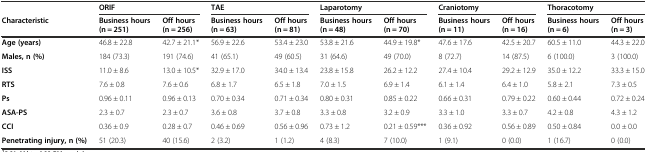
<table><thead><tr><td></td><td colspan="2"><b>ORIF</b></td><td colspan="2"><b>TAE</b></td><td colspan="2"><b>Laparotomy</b></td><td colspan="2"><b>Craniotomy</b></td><td colspan="2"><b>Thoracotomy</b></td></tr><tr><td><b>Characteristic</b></td><td><b>Business hours (n = 251)</b></td><td><b>Off hours (n = 256)</b></td><td><b>Business hours (n = 63)</b></td><td><b>Off hours (n = 81)</b></td><td><b>Business hours (n = 48)</b></td><td><b>Off hours (n = 70)</b></td><td><b>Business hours (n = 11)</b></td><td><b>Off hours (n = 16)</b></td><td><b>Business hours (n = 6)</b></td><td><b>Off hours (n = 3)</b></td></tr></thead><tbody><tr><td><b>Age (years)</b></td><td>46.8 ± 22.8</td><td>42.7 ± 21.1*</td><td>56.9 ± 22.6</td><td>53.4 ± 23.0</td><td>53.8 ± 21.6</td><td>44.9 ± 19.8*</td><td>47.6 ± 17.6</td><td>42.5 ± 20.7</td><td>60.5 ± 11.0</td><td>44.3 ± 22.0</td></tr><tr><td><b>Males, n (%)</b></td><td>184 (73.3)</td><td>191 (74.6)</td><td>41 (65.1)</td><td>49 (60.5)</td><td>31 (64.6)</td><td>49 (70.0)</td><td>8 (72.7)</td><td>14 (87.5)</td><td>6 (100.0)</td><td>3 (100.0)</td></tr><tr><td><b>ISS</b></td><td>11.0 ± 8.6</td><td>13.0 ± 10.5*</td><td>32.9 ± 17.0</td><td>34.0 ± 13.4</td><td>23.8 ± 15.8</td><td>26.2 ± 12.2</td><td>27.4 ± 10.4</td><td>29.2 ± 12.9</td><td>35.0 ± 12.2</td><td>33.3 ± 15.0</td></tr><tr><td><b>RTS</b></td><td>7.6 ± 0.8</td><td>7.6 ± 0.6</td><td>6.8 ± 1.7</td><td>6.5 ± 1.8</td><td>7.0 ± 1.5</td><td>6.9 ± 1.4</td><td>6.1 ± 1.4</td><td>6.4 ± 1.0</td><td>5.8 ± 2.1</td><td>7.3 ± 0.5</td></tr><tr><td><b>Ps</b></td><td>0.96 ± 0.11</td><td>0.96 ± 0.13</td><td>0.70 ± 0.34</td><td>0.71 ± 0.34</td><td>0.80 ± 0.31</td><td>0.85 ± 0.22</td><td>0.66 ± 0.31</td><td>0.79 ± 0.22</td><td>0.60 ± 0.44</td><td>0.72 ± 0.24</td></tr><tr><td><b>ASA-PS</b></td><td>2.3 ± 0.7</td><td>2.3 ± 0.7</td><td>3.6 ± 0.8</td><td>3.7 ± 0.8</td><td>3.3 ± 0.8</td><td>3.2 ± 0.9</td><td>3.3 ± 1.0</td><td>3.3 ± 0.7</td><td>4.2 ± 0.8</td><td>4.3 ± 1.2</td></tr><tr><td><b>CCI</b></td><td>0.36 ± 0.9</td><td>0.28 ± 0.7</td><td>0.46 ± 0.69</td><td>0.56 ± 0.96</td><td>0.73 ± 1.2</td><td>0.21 ± 0.59***</td><td>0.36 ± 0.92</td><td>0.56 ± 0.89</td><td>0.50 ± 0.84</td><td>0.0 ± 0.0</td></tr><tr><td><b>Penetrating injury, n (%)</b></td><td>51 (20.3)</td><td>40 (15.6)</td><td>2 (3.2)</td><td>1 (1.2)</td><td>4 (8.3)</td><td>7 (10.0)</td><td>1 (9.1)</td><td>0 (0.0)</td><td>1 (16.7)</td><td>0 (0.0)</td></tr></tbody></table>